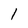
Character: 1